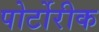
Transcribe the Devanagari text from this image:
पोर्टोरीक